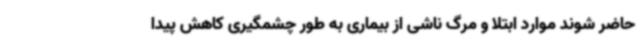
حاضر شوند موارد ابتلا و مرگ ناشی از بیماری به طور چشمگیری کاهش پیدا